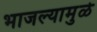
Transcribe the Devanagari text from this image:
भाजल्यामुळे